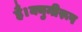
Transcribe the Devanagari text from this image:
है।क्युनीरूप